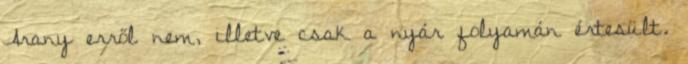
Arany erről nem, illetve csak a nyár folyamán értesült.